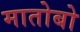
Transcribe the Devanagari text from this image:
मातोबो